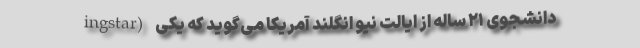
ingstar) دانشجوی ۲۱ ساله از ایالت نیو انگلند آمریکا می‌گوید که یکی